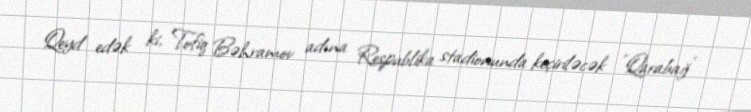
Qeyd edək ki, Tofiq Bəhramov adına Respublika stadionunda keçiriləcək "Qarabağ"